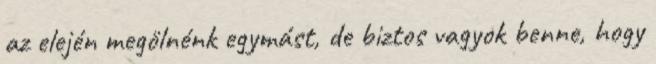
az elején megölnénk egymást, de biztos vagyok benne, hogy